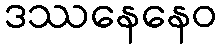
ဒဿနေနေဝ